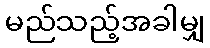
မည်သည့်အခါမျှ